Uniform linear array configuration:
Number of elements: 16
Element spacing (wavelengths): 0.5
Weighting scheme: exponential
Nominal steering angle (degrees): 15
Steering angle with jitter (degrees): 16.054
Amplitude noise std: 0.05
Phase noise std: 0.05

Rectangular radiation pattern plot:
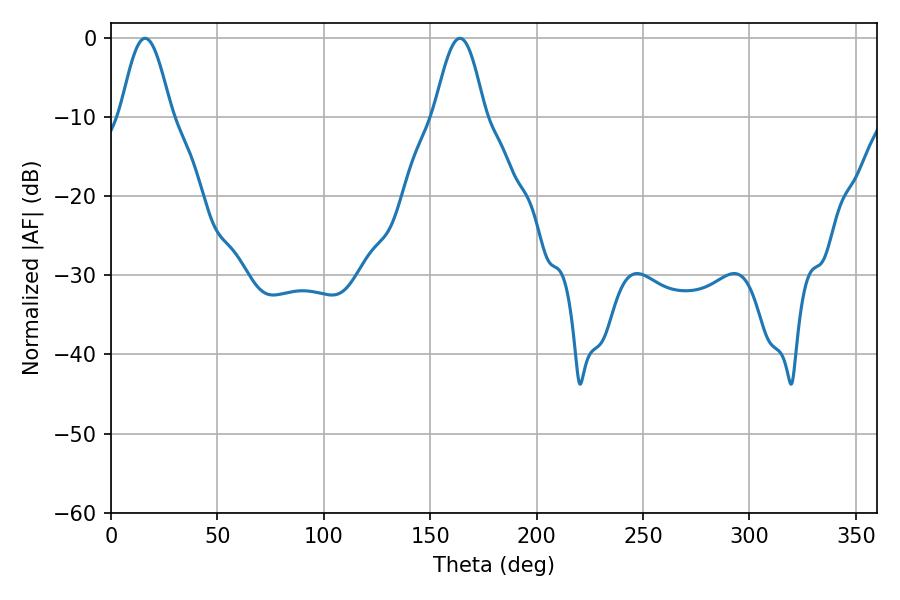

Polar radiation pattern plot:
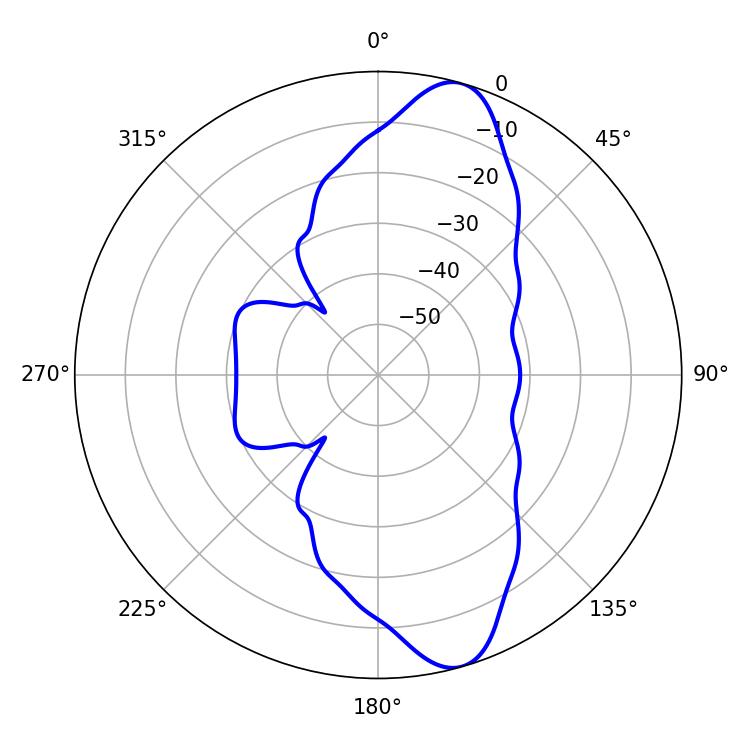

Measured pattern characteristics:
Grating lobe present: FALSE
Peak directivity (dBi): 11.343
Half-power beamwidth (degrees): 12.78
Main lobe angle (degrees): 16.02